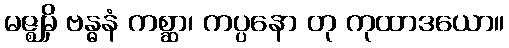
မဇ္ဈမှိ ဗန္ဓနံ ကစ္ဆာ၊ ကပ္ပနော တု ကုထာဒယော။